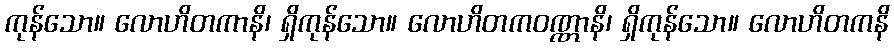
ကုန်သော။ လောဟိတကာနိ၊ ရှိကုန်သော။ လောဟိတကဝဏ္ဏာနိ၊ ရှိကုန်သော။ လောဟိတကနိ